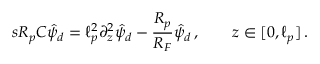
s R _ { p } C \hat { \psi } _ { d } = \ell _ { p } ^ { 2 } \partial _ { z } ^ { 2 } \hat { \psi } _ { d } - \frac { R _ { p } } { R _ { F } } \hat { \psi } _ { d } \, , \qquad z \in [ 0 , \ell _ { p } ] \, .